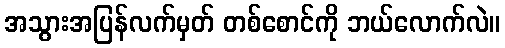
အသွားအပြန်လက်မှတ် တစ်စောင်ကို ဘယ်လောက်လဲ။